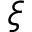
\xi